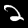
Label: 2